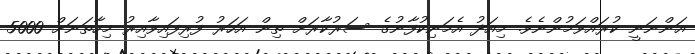
އަންނަނީ ކުރައްވަމުންނެވެ. މިއަދު އެމަނިކުފާނުގެ ސަރުކާރަށް ތިން އަހަރު ފުރިފައިވާއިރު މިހާތަނަށް 5000